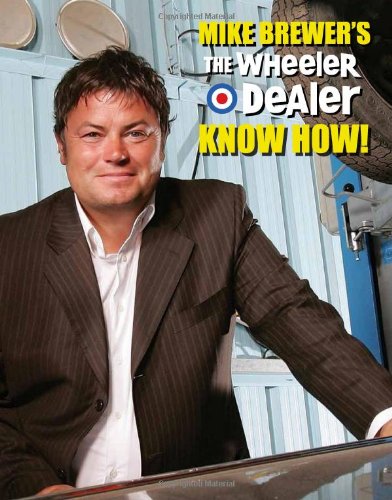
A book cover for Mike Brewer's The Wheeler Dealer  Know How!; Mike Brewer; Engineering & Transportation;